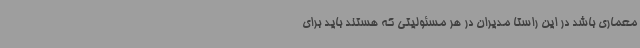
معماری باشد در این راستا مدیران در هر مسئولیتی که هستند باید برای